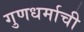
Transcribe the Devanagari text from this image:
गुणधर्माची